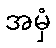
အမှံ